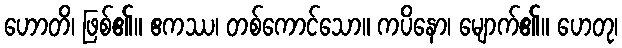
ဟောတိ၊ ဖြစ်၏။ ဧကဿ၊ တစ်ကောင်သော။ ကပိနော၊ မျောက်၏။ ဟေတု၊